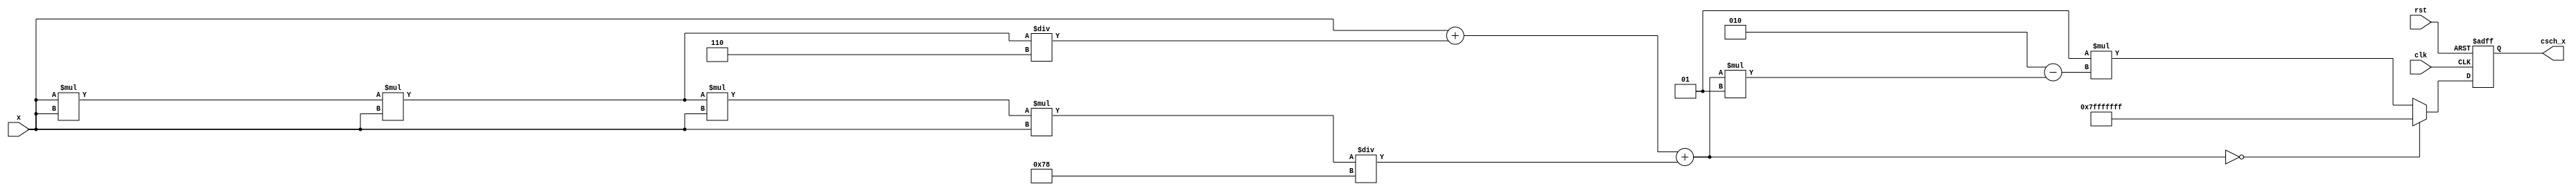
module hyperbolic_cosecant (
    input wire signed [31:0] x,       // Input x (fixed-point representation)
    output reg signed [31:0] csch_x,   // Output csch(x)
    input wire clk,
    input wire rst
);

    // Internal signals
    wire signed [31:0] sinh_x;
    wire signed [31:0] sinh_x_inv;
    reg valid;

    // Hyperbolic Sine Calculation (sinh) using Taylor series approximation
    function signed [31:0] sinh;
        input signed [31:0] x;
        begin
            // Taylor series approximation for sinh(x)
            // sinh(x) = x + x^3/6 + x^5/120 + ...
            // Limit to first few terms for simplicity
            sinh = x + (x * x * x) / 32'h00000006 + (x * x * x * x * x) / 32'h00000078; // 6! = 720
        end
    endfunction

    // Reciprocal Calculation using Newton-Raphson method
    function signed [31:0] reciprocal;
        input signed [31:0] value;
        reg signed [31:0] approx;
        begin
            if (value == 0) begin
                reciprocal = 32'h7FFFFFFF; // Define as infinity or error signal
            end else begin
                approx = 32'h00000001; // Initial approximation
                approx = approx * (2 - value * approx); // Newton-Raphson iteration
                reciprocal = approx;
            end
        end
    endfunction

    // Compute sinh(x)
    assign sinh_x = sinh(x);

    // Compute 1/sinh(x)
    assign sinh_x_inv = reciprocal(sinh_x);

    // Output logic
    always @(posedge clk or posedge rst) begin
        if (rst) begin
            csch_x <= 32'h00000000; // Reset output
            valid <= 0;
        end else begin
            csch_x <= sinh_x_inv; // Update output with csch(x)
            valid <= 1; // Indicate valid output
        end
    end

endmodule